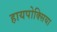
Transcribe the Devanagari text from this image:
हायपोक्सिया